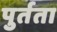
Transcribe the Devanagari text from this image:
पुर्तता